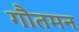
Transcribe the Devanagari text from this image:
गौतमन